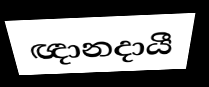
ඥානදායී